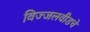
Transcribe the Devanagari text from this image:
विज्जलवीडचे